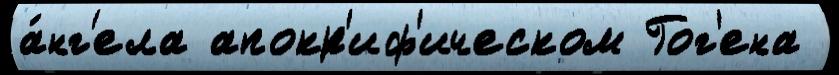
а́нг'ела апокр'иф'ическом Гог'ена